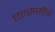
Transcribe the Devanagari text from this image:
एएससीई